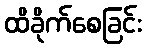
ထိခိုက်စေခြင်း